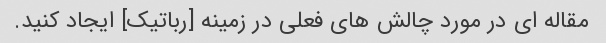
مقاله ای در مورد چالش های فعلی در زمینه [رباتیک] ایجاد کنید.